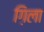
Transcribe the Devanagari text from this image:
ग़िला